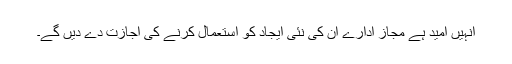
انہیں امید ہے مجاز ادارے ان کی نئی ایجاد کو استعمال کرنے کی اجازت دے دیں گے۔